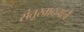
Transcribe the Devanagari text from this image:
संतूरवादनाचे